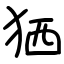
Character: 𤞏